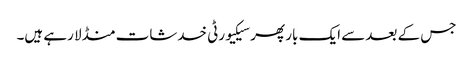
جس کے بعد سے ایک بار پھر سیکیورٹی خدشات منڈلا رہے ہیں۔